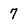
Character: 7